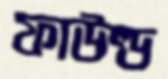
ফাউল্ড